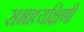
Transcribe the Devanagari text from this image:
सभाध्यक्षिणी